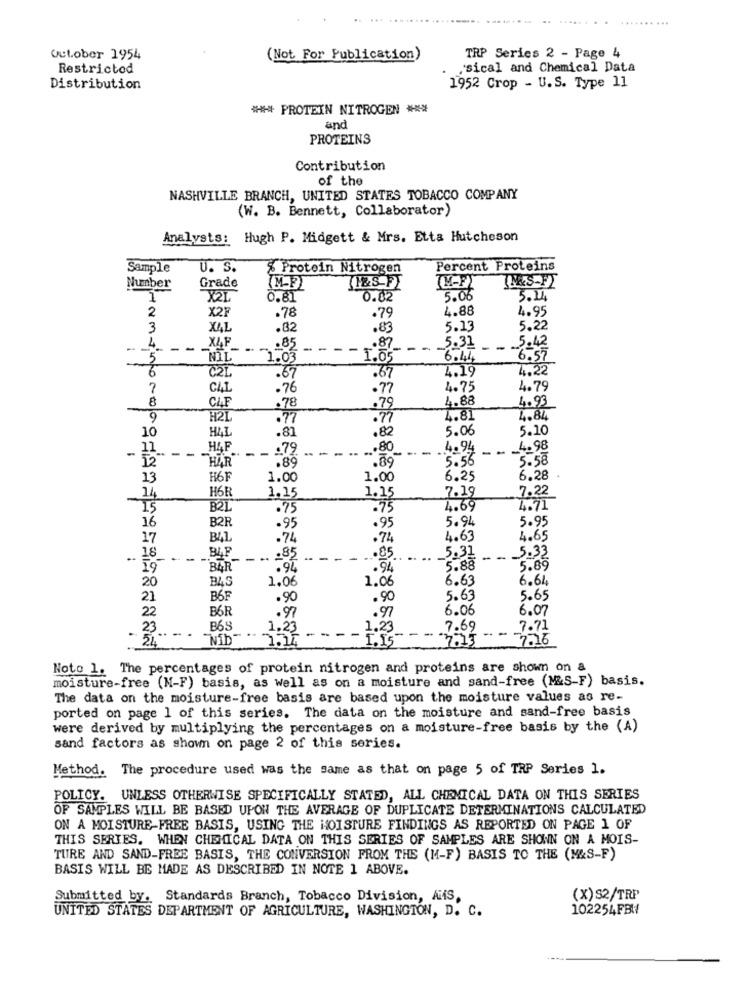
October 1954
(Not For Publication)
TRP Series 2 - Page 4
Restricted
.sical and Chemical Data
Distribution
1952 Crop - U.S. Type 11
*** PROTEIN NITROGEN ***
and
PROTEINS
Contribution
of the
NASHVILLE BRANCH, UNITED STATES TOBACCO COMPANY
(W. B. Bennett, Collaborator)
Analysts: Hugh P. Midgett & Mrs. Etta Hutcheson
Sample
U. S.
% Protein Nitrogen
Percent Proteins
Number
Grade
(MF)
INKS-FX
X2L
0.81
0.02
5.06
5.24
2
X2F
4.88
4.95
.78
.79
3
XAL
.82
.83
5.13
5.22
5.42
4.
-
X4F
.85
--.
5.31
" 1.03
1.05
6.44
6.57
-
6
C2L
.67
4.19
4.22
.67
7
.76
.77
4.75
4.79
4.93
-
CAF
.78
.79
4.88
H21
.77
.77
4.81
4.84
.81
5.06
5.10
10
.80
-
12
--
H4F
.79
... 80
4.94
--
. _ 4.98
12
HAR
-
.89
.89
5.56
5.58
13
H6F
1.00
1.00
6.25
6.28
H6R
1.15
7.22
14
1.15
7.19
-15
B21
.75
.75
4.69
4.71
16
B2R
.95
.95
5.94
5.95
17
.74
.74
4.63
4.65
BAF
.. 18
--
--
.85
------
.85
5.31
-
5.33
19
BAR
.94
.94
5.88
5.89
1.06
1.06
6.63
6.64
20
B4S
21
B6F
.90
.90
5.63
5.65
22
B6R
. 97
6.06
6.07
.97
23
B6S
1.23
1.23
7.69
7.71
24
15
7.16
Noto 1. The percentages of protein nitrogen and proteins are shown on a
moisture-free (M-F) basis, as well as on a moisture and sand-free (M&S-F) basis.
The data on the moisture-free basis are based upon the moisture values as re-
ported on page 1 of this series. The data on the moisture and sand-free basis
were derived by multiplying the percentages on a moisture-free basis by the (A)
sand factors as shown on page 2 of this series.
Method. The procedure used was the same as that on page 5 of TRP Series 1.
POLICY. UNLESS OTHERWISE SPECIFICALLY STATED, ALL CHEMICAL DATA ON THIS SERIES
OF SAMPLES WILL BE BASED UPON THE AVERAGE OF DUPLICATE DETERMINATIONS CALCULATED
ON A MOISTURE-FREE BASIS, USING THE MOISTURE FINDINGS AS REPORTED ON PAGE 1 OF
THIS SERIES. WHEN CHEMICAL DATA ON THIS SERIES OF SAMPLES ARE SHOWN ON A MOIS-
TURE AND SAND-FREE BASIS, THE CONVERSION FROM THE (M-F) BASIS TO THE (M&S-F)
BASIS WILL BE MADE AS DESCRIBED IN NOTE 1 ABOVE.
Submitted by. Standards Branch, Tobacco Division, AMS,
(X) S2/TRP
102254FBH
UNITED STATES DEPARTMENT OF AGRICULTURE, WASHINGTON, D. C.